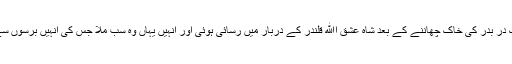
کئی سالوں تک در بدر کی خاک چھاننے کے بعد شاہ عشق اﷲ قلندر کے دربار میں رسائی ہوئی اور انہیں یہاں وہ سب ملا جس کی انہیں برسوں سے تلاش تھی ۔